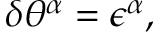
\delta \theta ^ { \alpha } = \epsilon ^ { \alpha } ,